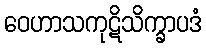
ဝေဟာသကုဋိသိက္ခာပဒံ